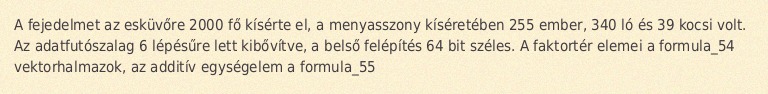
A fejedelmet az esküvőre 2000 fő kísérte el, a menyasszony kíséretében 255 ember, 340 ló és 39 kocsi volt. Az adatfutószalag 6 lépésűre lett kibővítve, a belső felépítés 64 bit széles. A faktortér elemei a formula_54 vektorhalmazok, az additív egységelem a formula_55